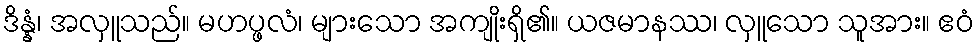
ဒိန္နံ၊ အလှူသည်။ မဟပ္ဖလံ၊ များသော အကျိုးရှိ၏။ ယဇမာနဿ၊ လှူသော သူအား။ ဧဝံ